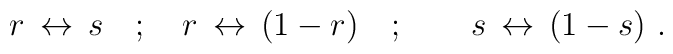
r \, \leftrightarrow \, s \quad ; \quad r \, \leftrightarrow \, (1-r) \quad ; \quad\quad s \, \leftrightarrow \, (1-s)\ .